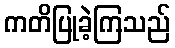
ကတိပြုခဲ့ကြသည်